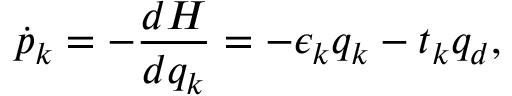
\dot { p } _ { k } = - \frac { d H } { d q _ { k } } = - \epsilon _ { k } q _ { k } - t _ { k } q _ { d } ,